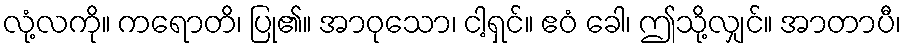
လုံ့လကို။ ကရောတိ၊ ပြု၏။ အာဝုသော၊ ငါ့ရှင်။ ဧဝံ ခေါ၊ ဤသို့လျှင်။ အာတာပီ၊